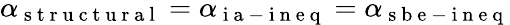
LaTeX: \alpha_{\mathrm{~s~t~r~u~c~t~u~r~a~l~}}=\alpha_{\mathrm{~i~a~-~i~n~e~q~}}=\alpha_{\mathrm{~s~b~e~-~i~n~e~q~}}